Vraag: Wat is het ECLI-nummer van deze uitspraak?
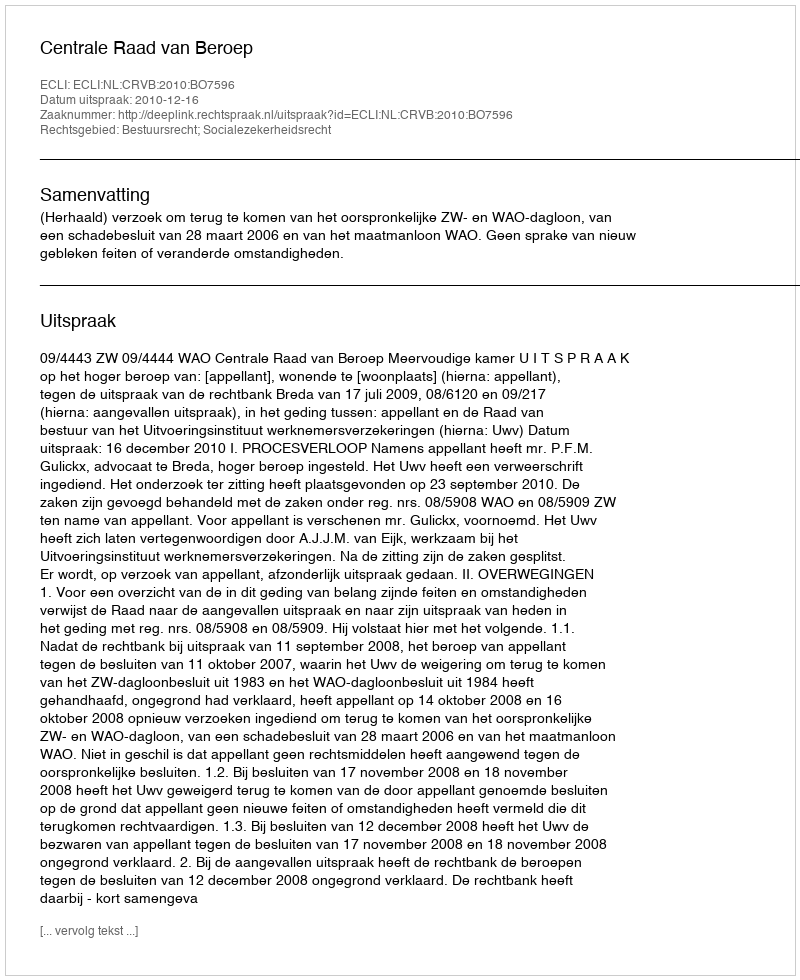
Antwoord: ECLI:NL:CRVB:2010:BO7596